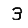
Digit: 3